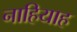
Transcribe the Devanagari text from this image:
नाहियाह